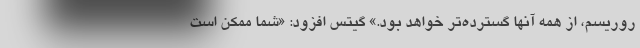
روریسم، از همه آنها گسترده‌تر خواهد بود.» گیتس افزود: «شما ممکن است